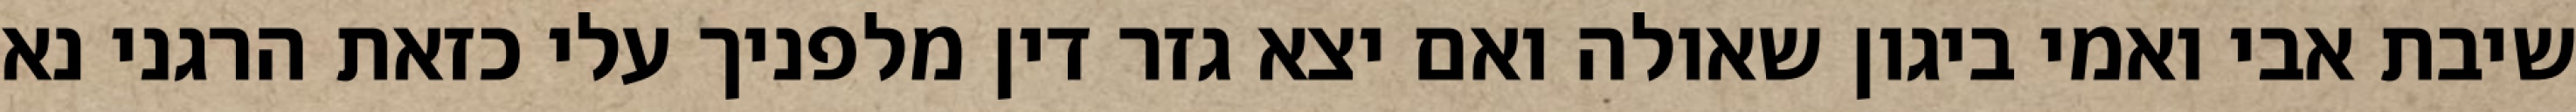
שיבת אבי ואמי ביגון שאולה ואם יצא גזר דין מלפניך עלי כזאת הרגני נא